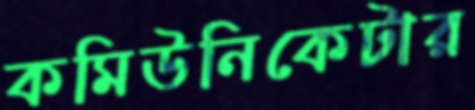
কমিউনিকেটার